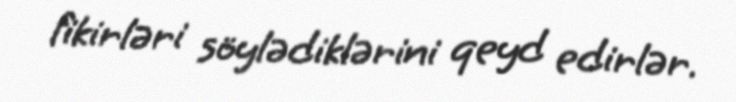
fikirləri söylədiklərini qeyd edirlər.